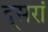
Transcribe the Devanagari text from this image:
दूसरां